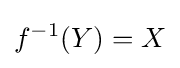
f^{-1}(Y)=X